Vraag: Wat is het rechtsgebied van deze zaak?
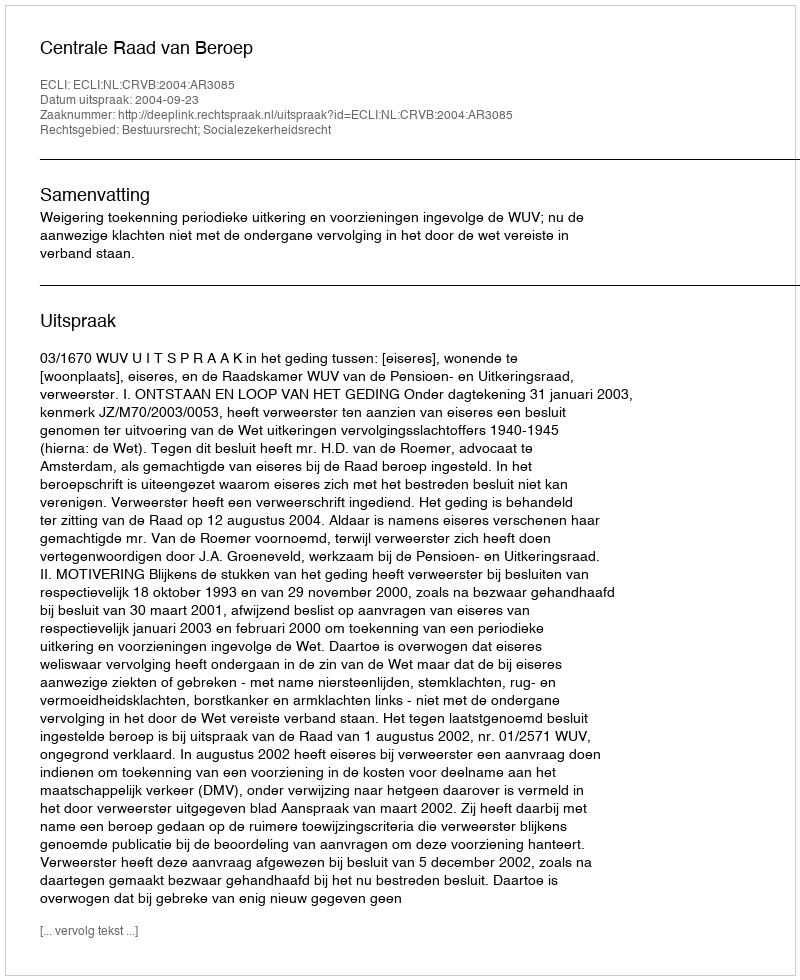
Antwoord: Bestuursrecht; Socialezekerheidsrecht